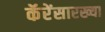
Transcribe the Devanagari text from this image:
कॅरेंसारख्या